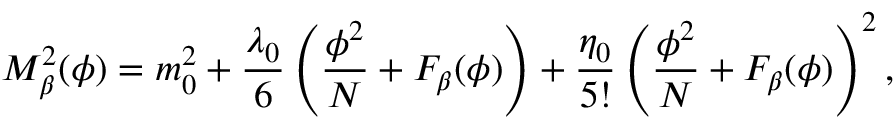
M _ { \beta } ^ { 2 } ( \phi ) = m _ { 0 } ^ { 2 } + \frac { \lambda _ { 0 } } { 6 } \left( \frac { \phi ^ { 2 } } { N } + F _ { \beta } ( \phi ) \right) + \frac { \eta _ { 0 } } { 5 ! } \left( \frac { \phi ^ { 2 } } { N } + F _ { \beta } ( \phi ) \right) ^ { 2 } ,